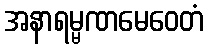
အနာရမ္မဏမေဝေတံ